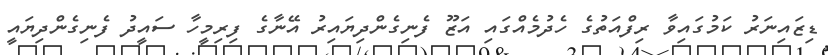
ޑިޒައިނަރު ކަމުގައިވާ ރިފްއަތުގެ ހެދުމެއްގައި އަޒޫ ފެނިގެންދިޔައިރު އޭނާގެ ފިރިމީހާ ސައީދު ފެނިގެންދިޔައީ